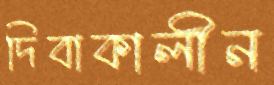
দিবাকালীন